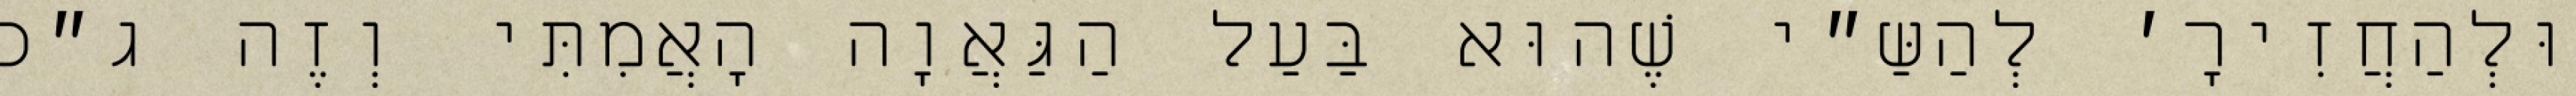
וּלְהַחֲזִירָ׳ לְהַשַּ״י שֶׁהוּא בַּעַל הַגַּאֲוָה הָאֲמִתִּי וְזֶה ג״כ